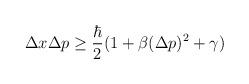
LaTeX: \begin{align*}\Delta x \Delta p \ge \frac{\hbar}{2} (1 + \beta (\Delta p)^2 + \gamma)\end{align*}